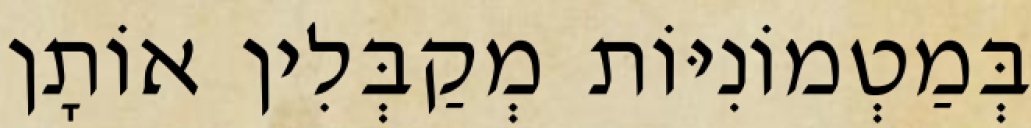
בְּמַטְמוֹנִיּוֹת מְקַבְּלִין אוֹתָן